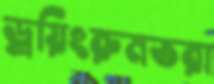
ড্রয়িংরুমভরা